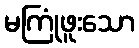
မကြုံဖူးသော